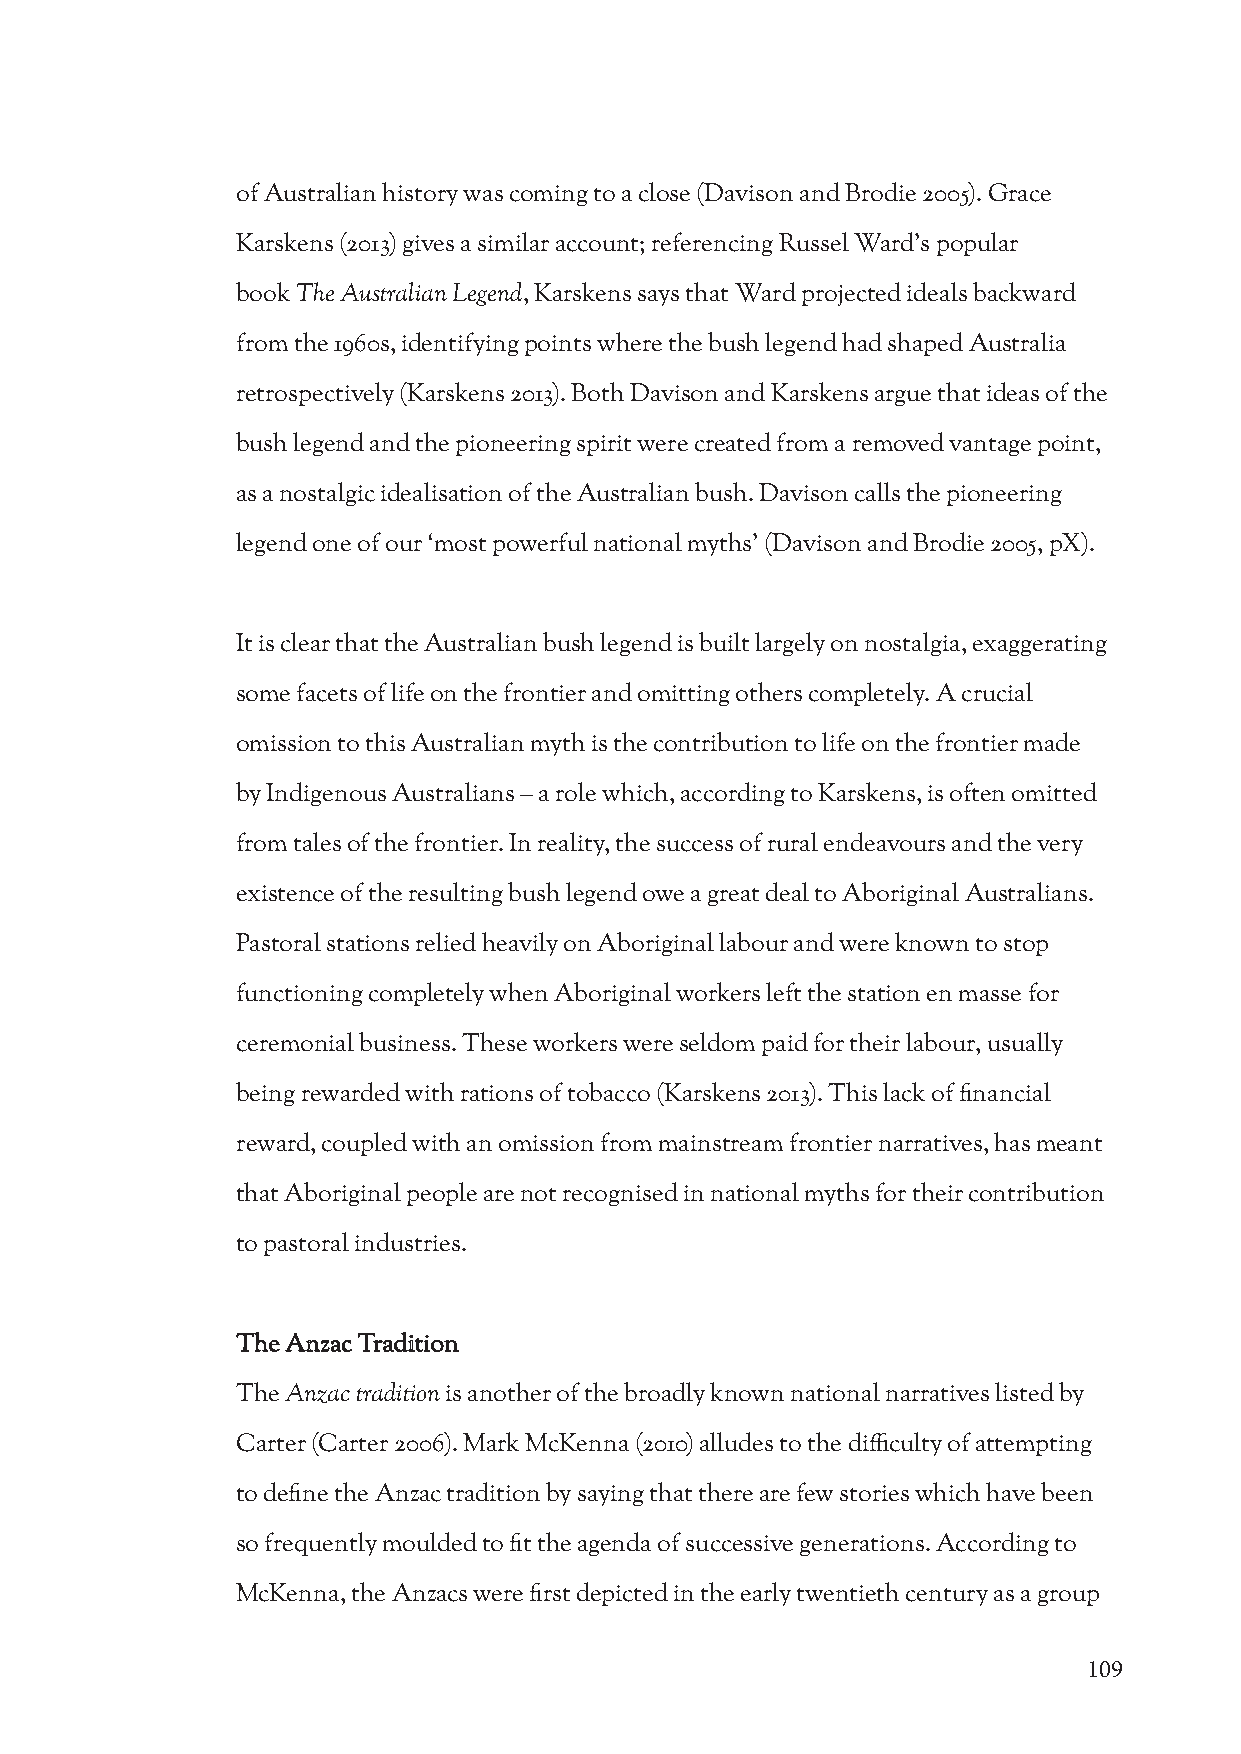
of Australian history was coming to a close (Davison and Brodie 2005). Grace
 Karskens (2013) gives a similar account; referencing Russel Ward’s popular
 book The Australian Legend, Karskens says that Ward projected ideals backward
 from the 1960s, identifying points where the bush legend had shaped Australia
 retrospectively (Karskens 2013). Both Davison and Karskens argue that ideas of the
 bush legend and the pioneering spirit were created from a removed vantage point,
 as a nostalgic idealisation of the Australian bush. Davison calls the pioneering
 legend one of our ‘most powerful national myths’ (Davison and Brodie 2005, pX).
 It is clear that the Australian bush legend is built largely on nostalgia, exaggerating
 some facets of life on the frontier and omitting others completely. A crucial
 omission to this Australian myth is the contribution to life on the frontier made
 by Indigenous Australians – a role which, according to Karskens, is often omitted
 from tales of the frontier. In reality, the success of rural endeavours and the very
 existence of the resulting bush legend owe a great deal to Aboriginal Australians.
 Pastoral stations relied heavily on Aboriginal labour and were known to stop
 functioning completely when Aboriginal workers left the station en masse for
 ceremonial business. These workers were seldom paid for their labour, usually
 being rewarded with rations of tobacco (Karskens 2013). This lack of financial
 reward, coupled with an omission from mainstream frontier narratives, has meant
 that Aboriginal people are not recognised in national myths for their contribution
 to pastoral industries.
 The Anzac Tradition
 The Anzac tradition is another of the broadly known national narratives listed by
 Carter (Carter 2006). Mark McKenna (2010) alludes to the difficulty of attempting
 to define the Anzac tradition by saying that there are few stories which have been
 so frequently moulded to fit the agenda of successive generations. According to
 McKenna, the Anzacs were first depicted in the early twentieth century as a group
 109